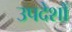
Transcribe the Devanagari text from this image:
उपदेशौं